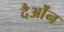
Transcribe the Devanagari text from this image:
दैओंन